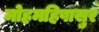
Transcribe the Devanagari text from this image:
मोहमहिषासुर